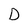
Character: D